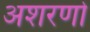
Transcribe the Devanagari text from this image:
अशरणो